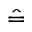
\hat { = }